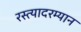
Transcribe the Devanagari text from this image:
रस्त्यादरम्यान